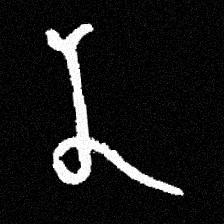
Pyu character \u2014 Myanmar letter: န (romanized: na)